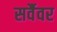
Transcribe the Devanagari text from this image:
सर्वैवर